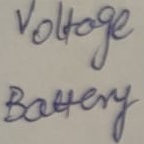
Text: Voltage Battery